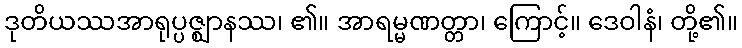
ဒုတိယဿအာရုပ္ပဇ္ဈာနဿ၊ ၏။ အာရမ္မဏတ္တာ၊ ကြောင့်။ ဒေဝါနံ၊ တို့၏။